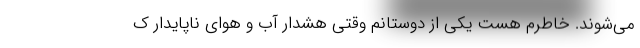
می‌شوند. خاطرم هست یکی از دوستانم وقتی هشدار آب و هوای ناپایدار ک